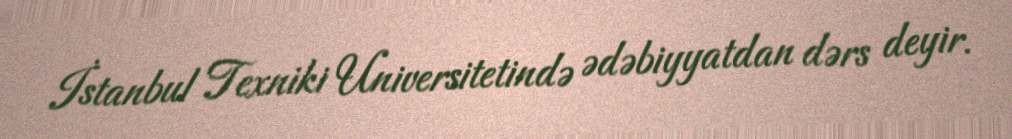
İstanbul Texniki Universitetində ədəbiyyatdan dərs deyir.